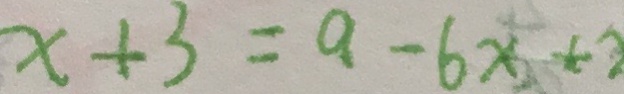
x + 3 = a - 6 x + 2